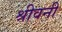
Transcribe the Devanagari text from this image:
श्रीवनी